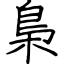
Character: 梟